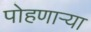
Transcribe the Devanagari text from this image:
पोहणाऱ्या